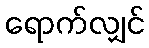
ရောက်လျှင်